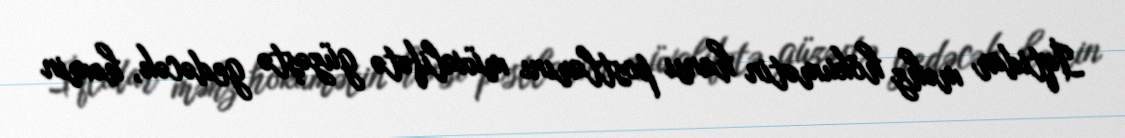
İqtidar məhz hökumətin hansı postlarını müxalifətə güzəştə gedəcək, həmin